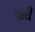
વારી